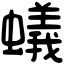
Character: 蟻